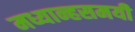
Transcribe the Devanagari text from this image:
मध्यान्हसमयी